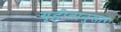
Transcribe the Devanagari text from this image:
गृहीतानुसार